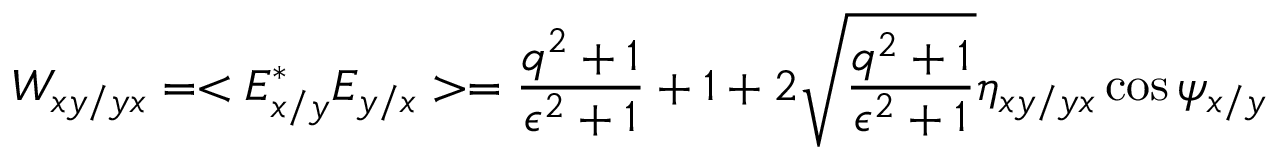
\centering W _ { x y / y x } = < E _ { x / y } ^ { * } E _ { y / x } > = \frac { q ^ { 2 } + 1 } { \epsilon ^ { 2 } + 1 } + 1 + 2 \sqrt { \frac { q ^ { 2 } + 1 } { \epsilon ^ { 2 } + 1 } } \eta _ { x y / y x } \cos { \psi _ { x / y } }